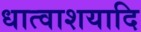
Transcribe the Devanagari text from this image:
धात्वाशयादि